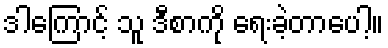
ဒါကြောင့် သူ ဒီစာကို ရေးခဲ့တာပေါ့။